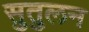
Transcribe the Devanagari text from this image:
सुतुलन